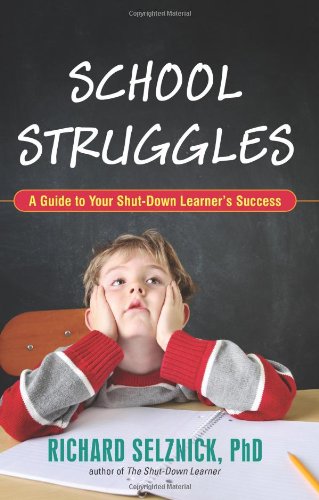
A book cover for School Struggles: A Guide to Your Shut-Down Learner's Success; Richard Selznick; Parenting & Relationships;